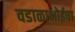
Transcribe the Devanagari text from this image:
वडाळाभोईचा